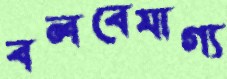
বলবেযাগ্য